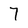
Character: 7